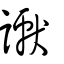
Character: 讞